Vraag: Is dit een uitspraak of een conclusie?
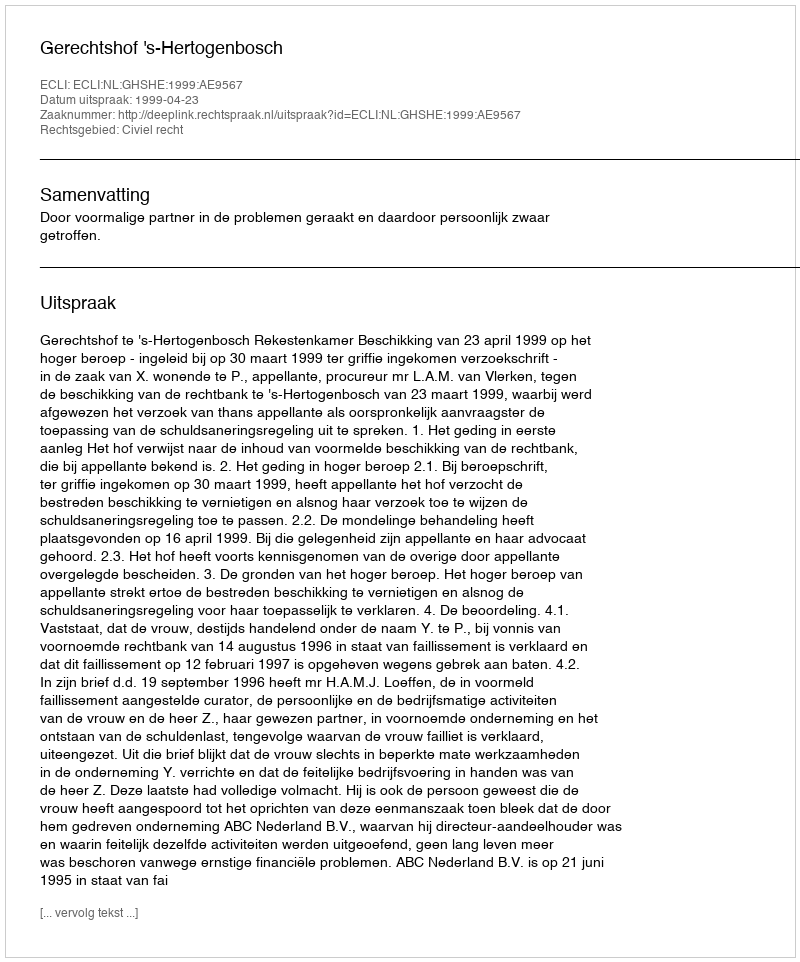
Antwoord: Uitspraak